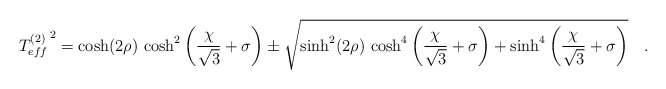
\begin{align*}\left.T^{(2)}_{eff}\right.^2 = \cosh(2\rho)\,\cosh^2\left(\frac{\chi}{\sqrt 3}+\sigma\right)\pm \sqrt{\sinh^2(2\rho)\,\cosh^4\left(\frac{\chi}{\sqrt 3}+\sigma\right)+\sinh^4\left(\frac{\chi}{\sqrt 3}+\sigma\right)}\quad.\end{align*}